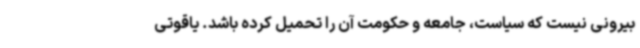
بیرونی نیست که سیاست، جامعه و حکومت آن را تحمیل کرده باشد. یاقوتی